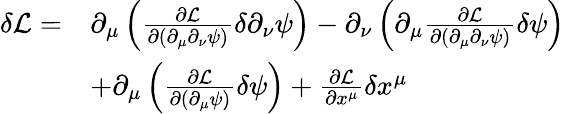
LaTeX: \begin{array}{rl}{\delta\mathcal L=}&{\partial_{\mu}\left(\frac{\partial\mathcal L}{\partial(\partial_{\mu}\partial_{\nu}\psi)}\delta\partial_{\nu}\psi\right)-\partial_{\nu}\left(\partial_{\mu}\frac{\partial\mathcal L}{\partial(\partial_{\mu}\partial_{\nu}\psi)}\delta\psi\right)}\\ &{+\partial_{\mu}\left(\frac{\partial\mathcal{L}}{\partial(\partial_{\mu}\psi)}\delta\psi\right)+\frac{\partial\mathcal L}{\partial x^{\mu}}\delta x^{\mu}}\end{array}